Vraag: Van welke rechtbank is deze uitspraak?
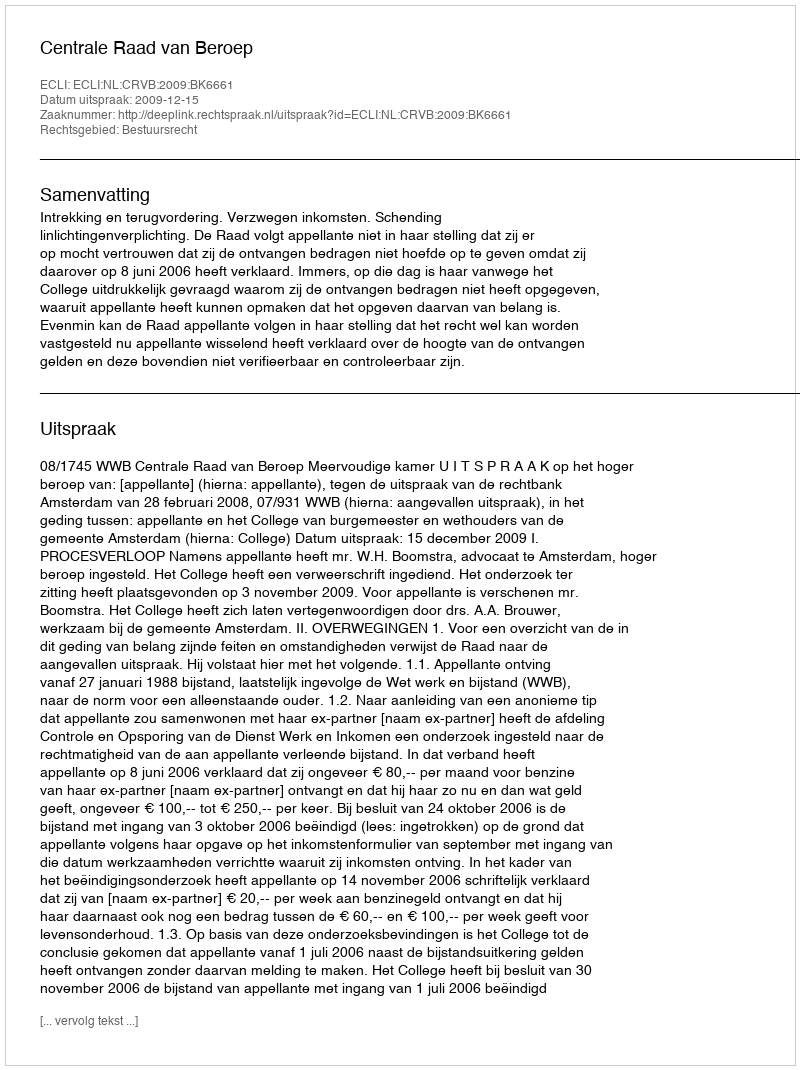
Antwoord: Centrale Raad van Beroep